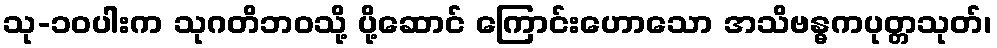
သု-၁၀ပါးက သုဂတိဘဝသို့ ပို့ဆောင် ကြောင်းဟောသော အသိဗန္ဓကပုတ္တသုတ်၊